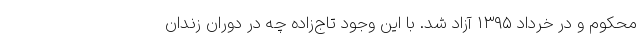
محکوم و در خرداد ۱۳۹۵ آزاد شد. با این وجود تاج‌زاده چه در دوران زندان